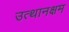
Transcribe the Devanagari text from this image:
उत्थानक्षम